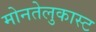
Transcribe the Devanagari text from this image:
मोनतेलुकास्ट